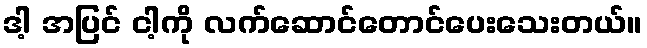
ဒါ့ အပြင် ငါ့ကို လက်ဆောင်တောင်ပေးသေးတယ်။